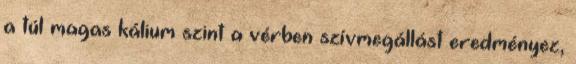
a túl magas kálium szint a vérben szívmegállást eredményez,